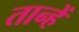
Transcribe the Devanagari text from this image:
तान्हें